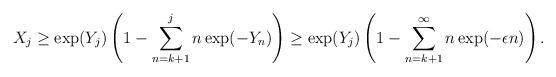
LaTeX: \begin{align*} X_j \geq\exp(Y_j)\left(1-\sum_{n=k+1}^{j}n \exp(-Y_n)\right) \geq\exp(Y_j)\left(1-\sum_{n=k+1}^{\infty}n \exp(-\epsilon n)\right). \end{align*}